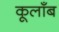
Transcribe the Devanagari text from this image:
कूलाँब